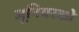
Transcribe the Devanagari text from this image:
जूनियरको